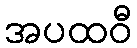
အပထဝီ